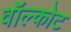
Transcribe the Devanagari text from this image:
वॉल्कोट